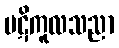
ပဋိကူလသညာ